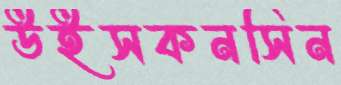
উইসকনসিন